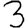
Digit: 3